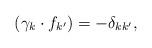
LaTeX: \begin{align*}(\gamma_k\cdot f_{k^{\prime}})=-\delta_{kk^{\prime}},\end{align*}